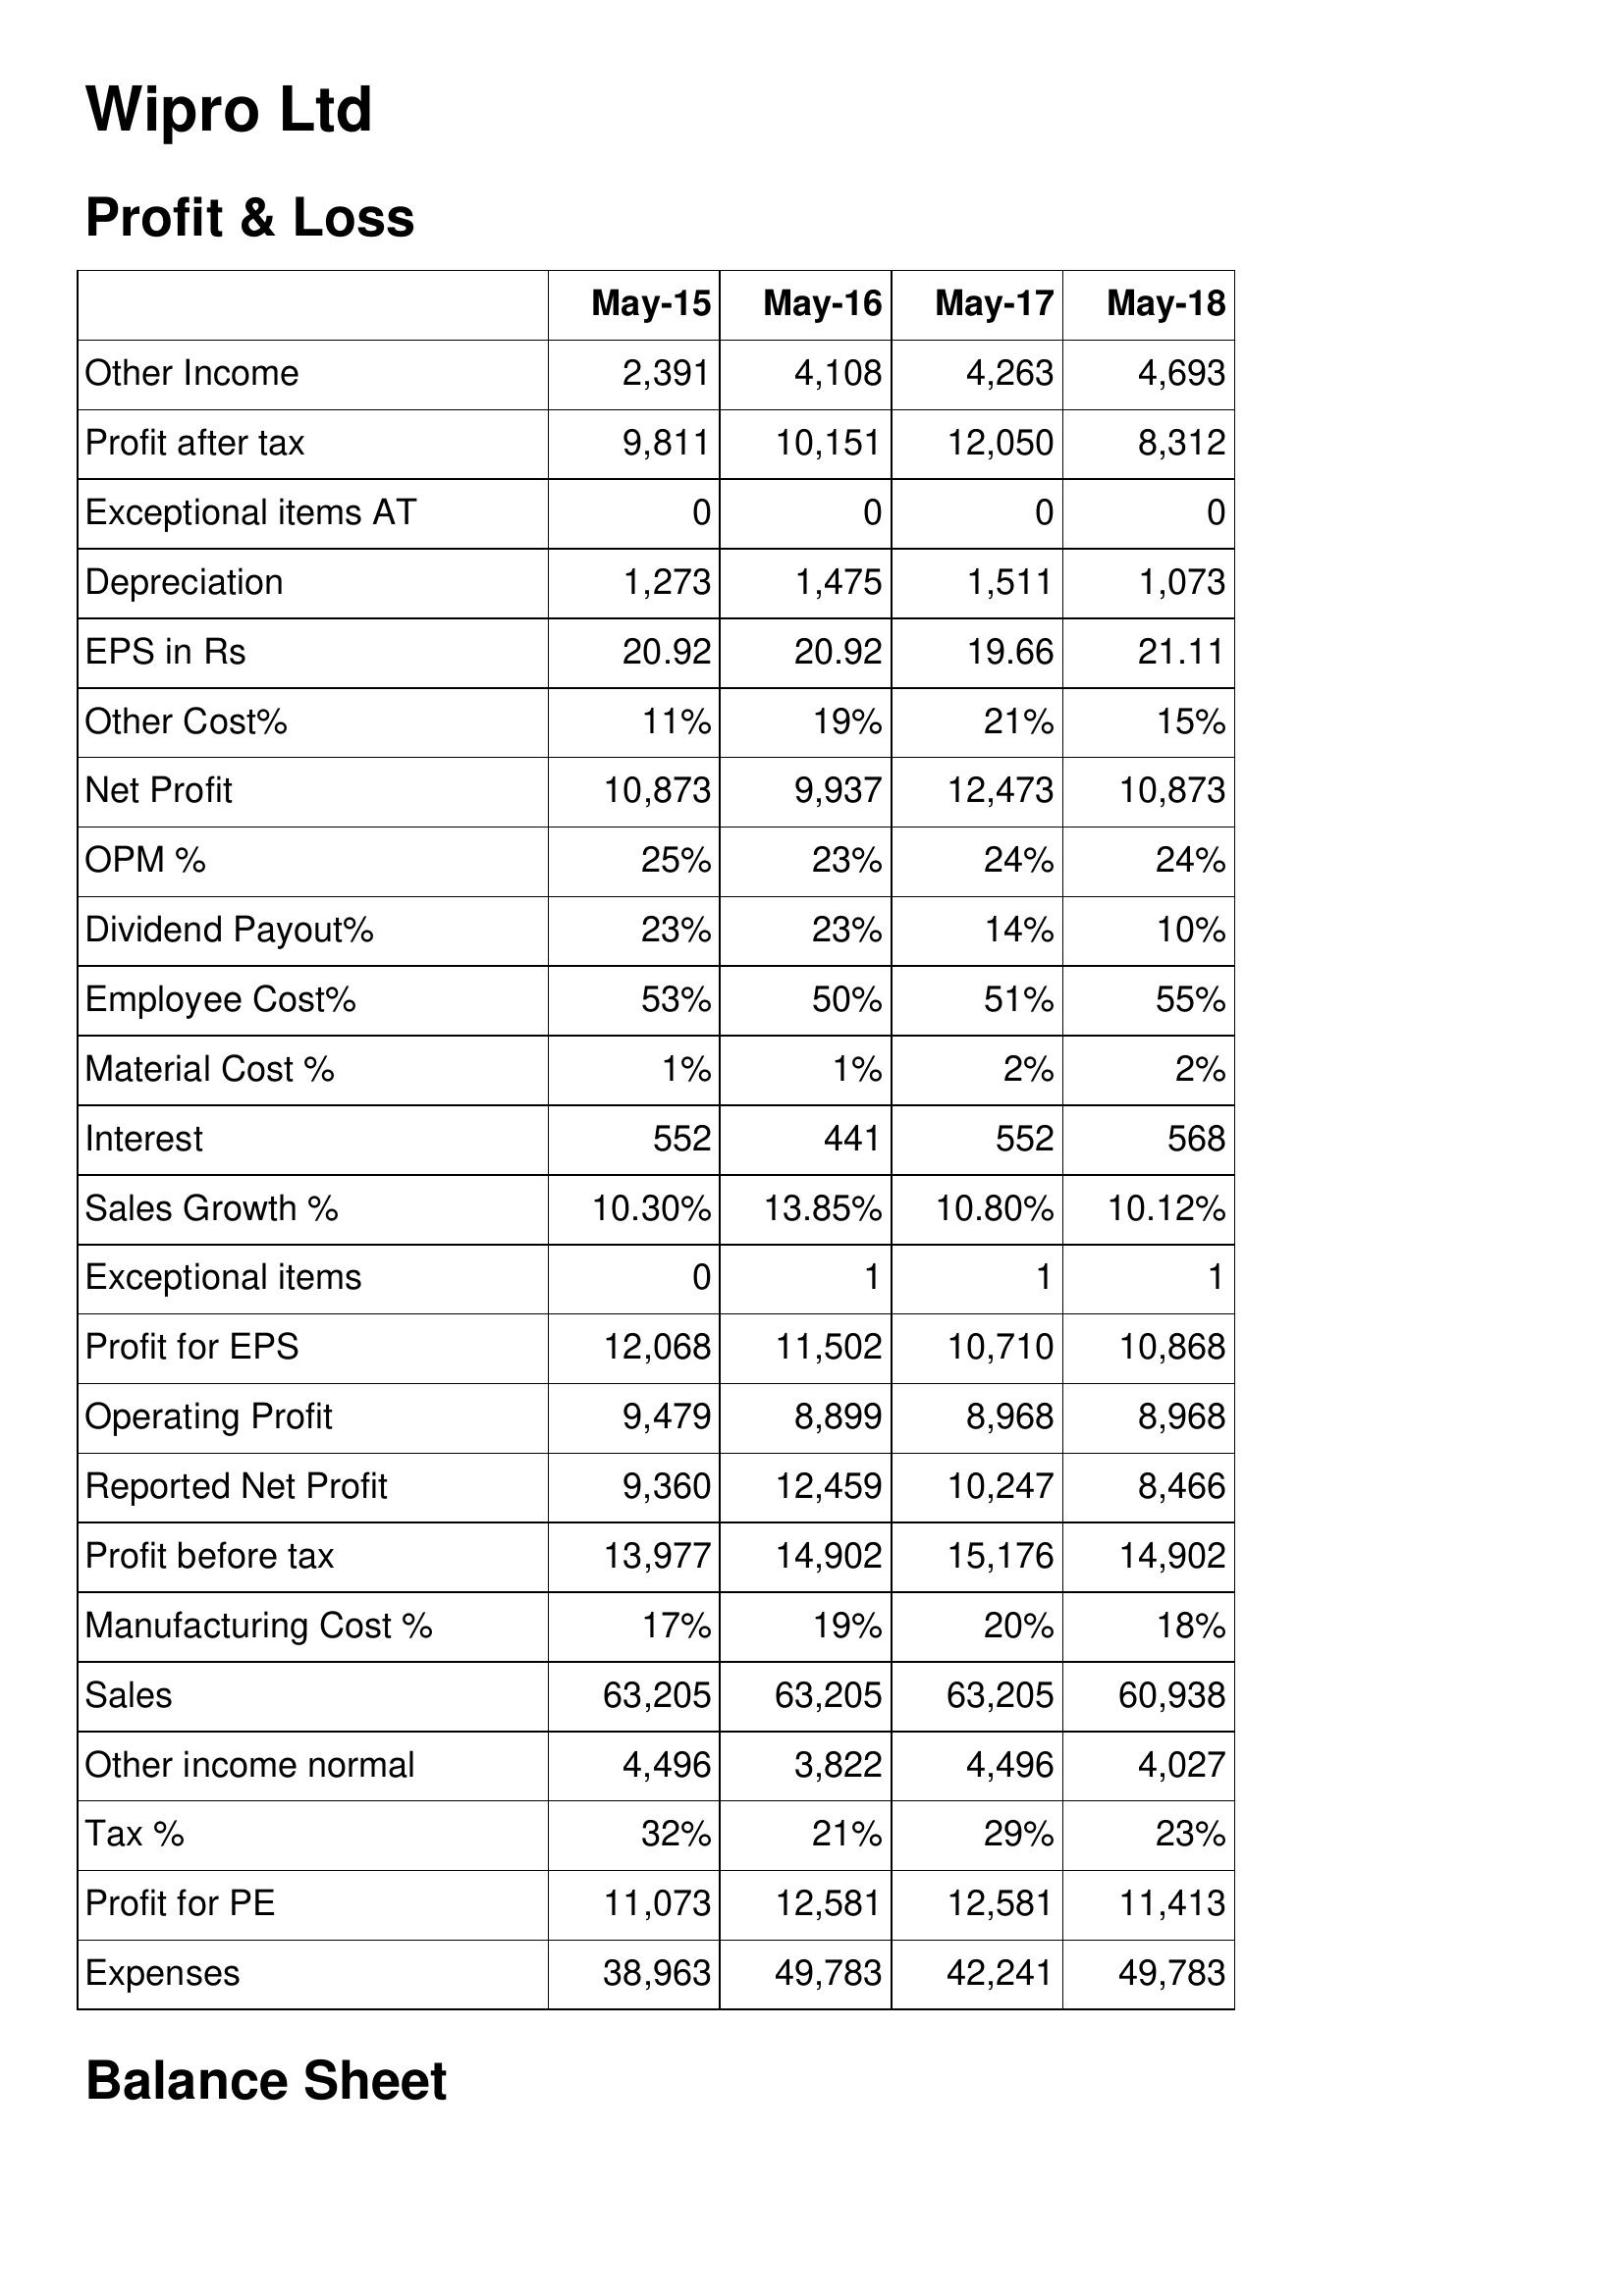
May-15: Profit & Loss: Other Income: 2,391
Profit after tax: 9,811
Exceptional items AT: 0
Depreciation: 1,273
EPS in Rs: 20.92
Other Cost%: 11%
Net Profit: 10,873
OPM %: 25%
Dividend Payout%: 23%
Employee Cost%: 53%
Material Cost %: 1%
Interest: 552
Sales Growth %: 10.30%
Exceptional items: 0
Profit for EPS: 12,068
Operating Profit: 9,479
Reported Net Profit: 9,360
Profit before tax: 13,977
Manufacturing Cost %: 17%
Sales: 63,205
Other income normal: 4,496
Tax %: 32%
Profit for PE: 11,073
Expenses: 38,963
May-16: Profit & Loss: Other Income: 4,108
Profit after tax: 10,151
Exceptional items AT: 0
Depreciation: 1,475
EPS in Rs: 20.92
Other Cost%: 19%
Net Profit: 9,937
OPM %: 23%
Dividend Payout%: 23%
Employee Cost%: 50%
Material Cost %: 1%
Interest: 441
Sales Growth %: 13.85%
Exceptional items: 1
Profit for EPS: 11,502
Operating Profit: 8,899
Reported Net Profit: 12,459
Profit before tax: 14,902
Manufacturing Cost %: 19%
Sales: 63,205
Other income normal: 3,822
Tax %: 21%
Profit for PE: 12,581
Expenses: 49,783
May-17: Profit & Loss: Other Income: 4,263
Profit after tax: 12,050
Exceptional items AT: 0
Depreciation: 1,511
EPS in Rs: 19.66
Other Cost%: 21%
Net Profit: 12,473
OPM %: 24%
Dividend Payout%: 14%
Employee Cost%: 51%
Material Cost %: 2%
Interest: 552
Sales Growth %: 10.80%
Exceptional items: 1
Profit for EPS: 10,710
Operating Profit: 8,968
Reported Net Profit: 10,247
Profit before tax: 15,176
Manufacturing Cost %: 20%
Sales: 63,205
Other income normal: 4,496
Tax %: 29%
Profit for PE: 12,581
Expenses: 42,241
May-18: Profit & Loss: Other Income: 4,693
Profit after tax: 8,312
Exceptional items AT: 0
Depreciation: 1,073
EPS in Rs: 21.11
Other Cost%: 15%
Net Profit: 10,873
OPM %: 24%
Dividend Payout%: 10%
Employee Cost%: 55%
Material Cost %: 2%
Interest: 568
Sales Growth %: 10.12%
Exceptional items: 1
Profit for EPS: 10,868
Operating Profit: 8,968
Reported Net Profit: 8,466
Profit before tax: 14,902
Manufacturing Cost %: 18%
Sales: 60,938
Other income normal: 4,027
Tax %: 23%
Profit for PE: 11,413
Expenses: 49,783